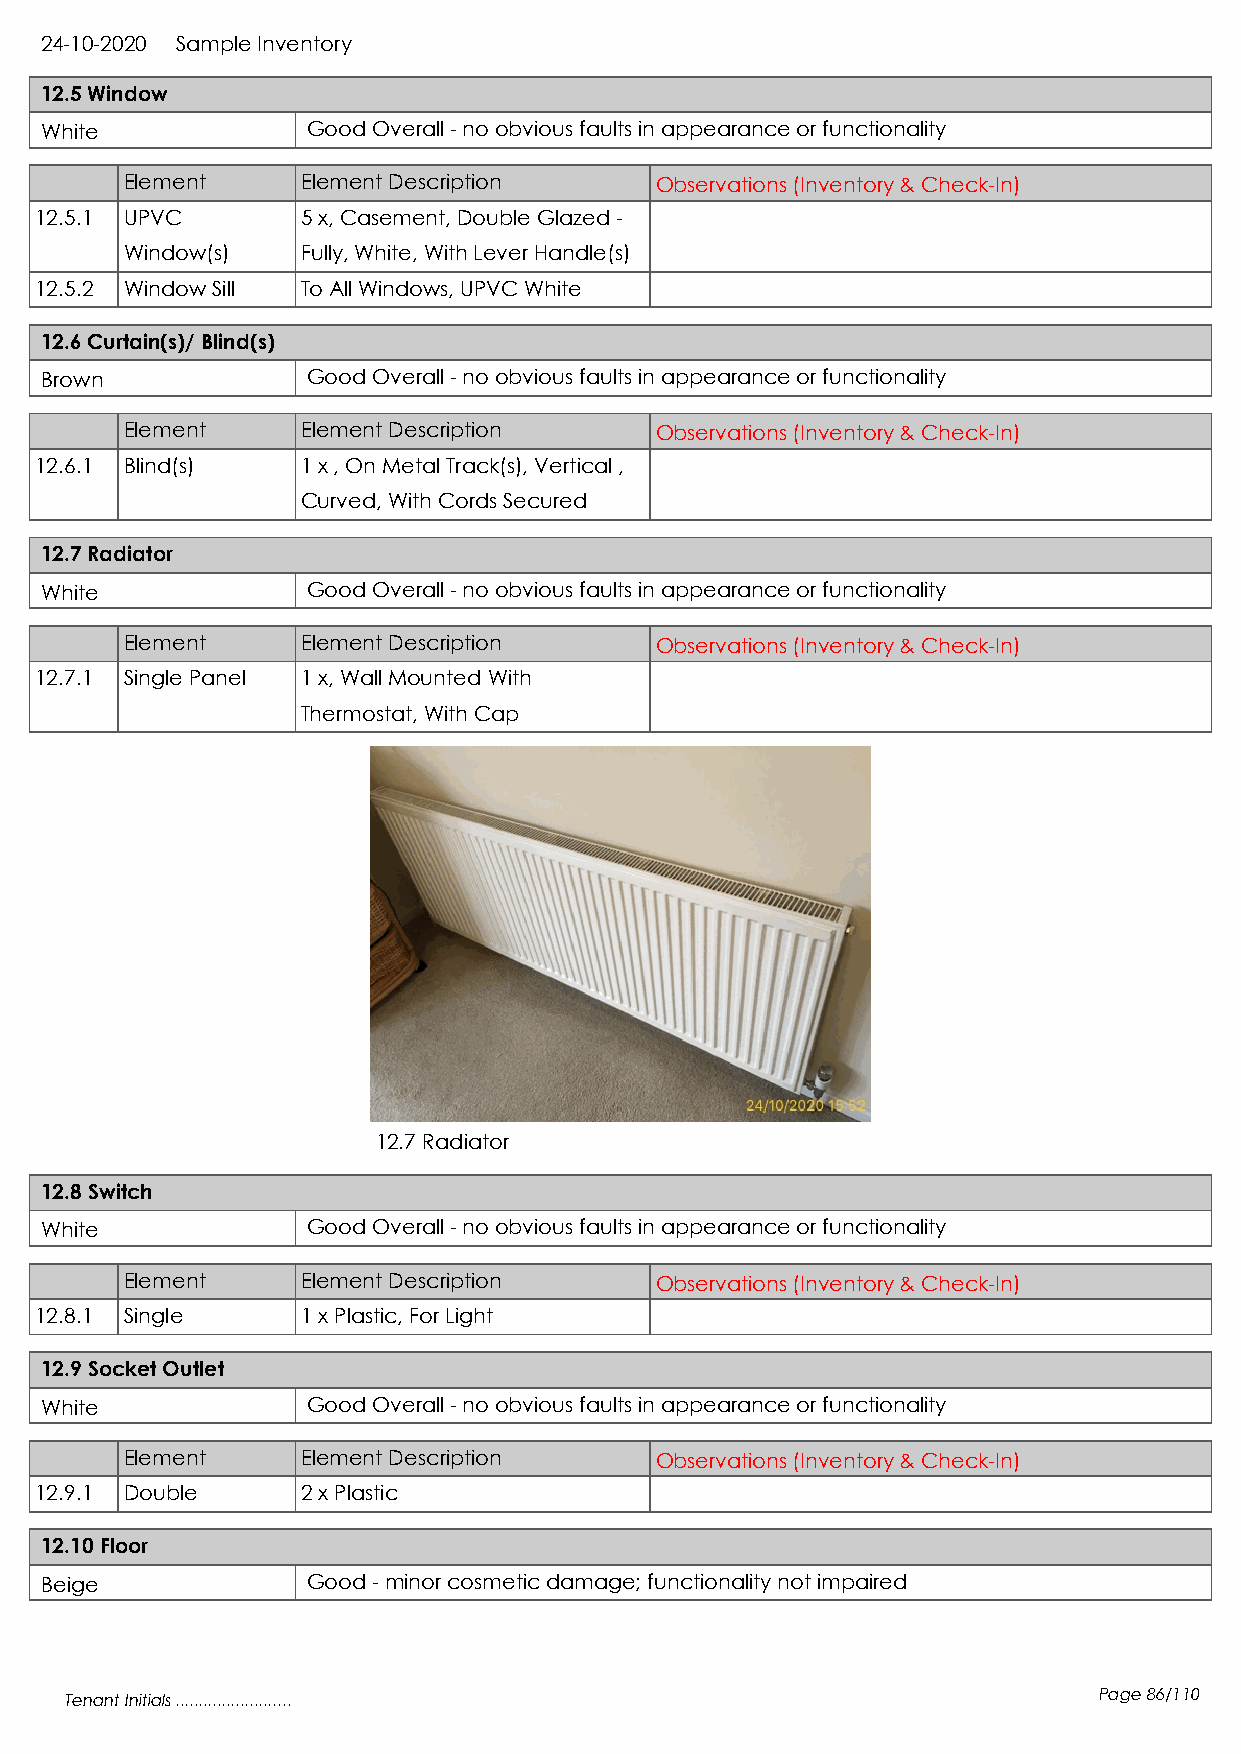
24-10-2020 Sample Inventory
 12.5 Window
 White            Good Overall - no obvious faults in appearance or functionality
 Element     Element Description    Observations (Inventory & Check-In)
 12.5.1 UPVC       5 x, Casement, Double Glazed -
 Window(s)   Fully, White, With Lever Handle(s)
 12.5.2 Window Sill To All Windows, UPVC White
 12.6 Curtain(s)/ Blind(s)
 Brown            Good Overall - no obvious faults in appearance or functionality
 Element     Element Description    Observations (Inventory & Check-In)
 12.6.1 Blind(s)   1 x , On Metal Track(s), Vertical ,
 Curved, With Cords Secured
 12.7 Radiator
 White            Good Overall - no obvious faults in appearance or functionality
 Element     Element Description    Observations (Inventory & Check-In)
 12.7.1 Single Panel 1 x, Wall Mounted With
 Thermostat, With Cap
 12.7 Radiator
 12.8 Switch
 White            Good Overall - no obvious faults in appearance or functionality
 Element     Element Description    Observations (Inventory & Check-In)
 12.8.1 Single     1 x Plastic, For Light
 12.9 Socket Outlet
 White            Good Overall - no obvious faults in appearance or functionality
 Element     Element Description    Observations (Inventory & Check-In)
 12.9.1 Double     2 x Plastic
 12.10 Floor
 Beige            Good - minor cosmetic damage; functionality not impaired
 Tenant Initials .........................                            Page 86/110